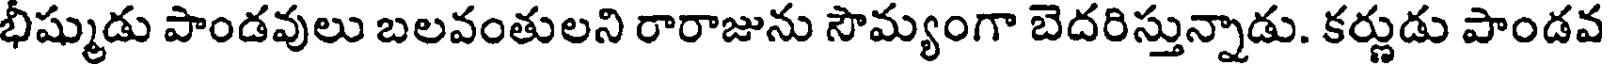
భీష్ముడు పాండవులు బలవంతులని రారాజును సౌమ్యంగా బెదరిస్తున్నాడు. కర్ణుడు పాండవ